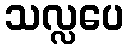
သလ္လပေ